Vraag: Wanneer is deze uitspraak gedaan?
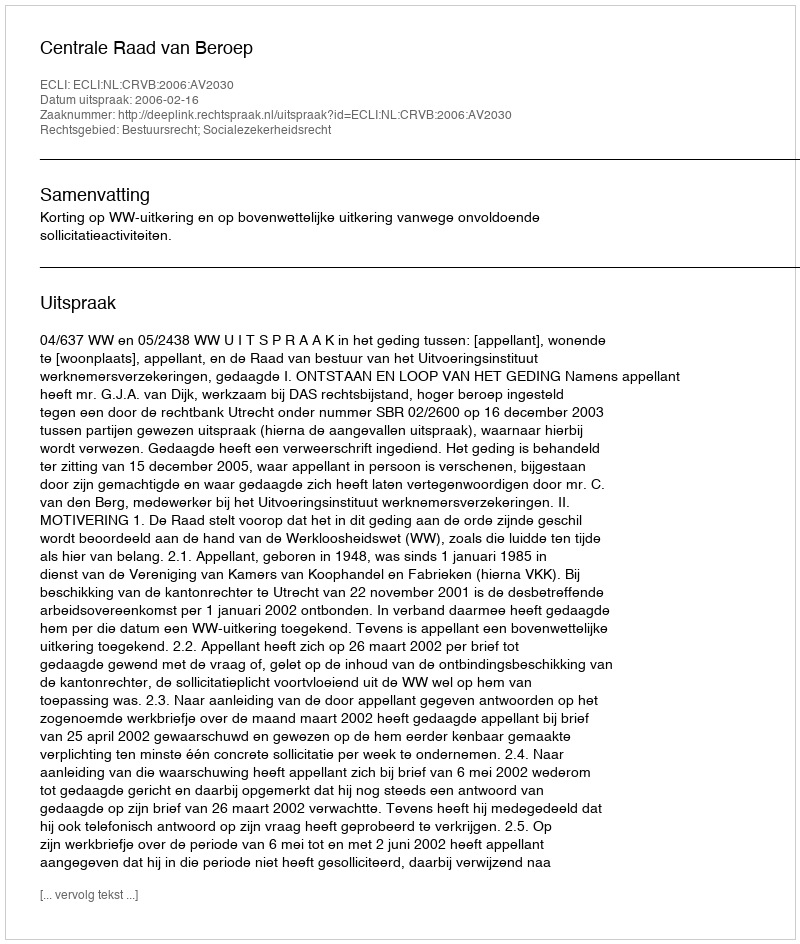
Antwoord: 2006-02-16